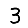
Digit: 3